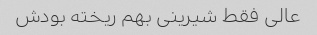
عالی فقط شیرینی بهم ریخته بودش